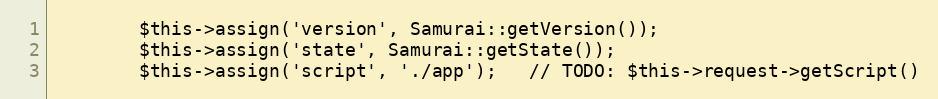
Language: PHP
        $this->assign('version', Samurai::getVersion());
        $this->assign('state', Samurai::getState());
        $this->assign('script', './app');   // TODO: $this->request->getScript()